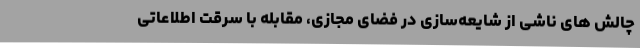
چالش های ناشی از شایعه‌سازی در فضای مجازی، مقابله با سرقت اطلاعاتی